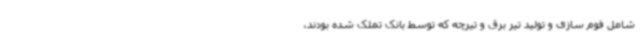
شامل فوم سازی و تولید تیر برق و تیرچه که توسط بانک تملک شده بودند،